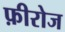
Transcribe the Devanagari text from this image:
फ़ीरोज